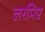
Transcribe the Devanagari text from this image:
लरमिए